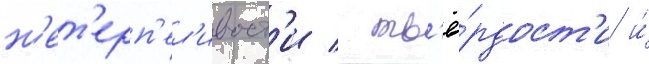
н'ет'ерп'ел'ивост'и / тв'ё́рдост'и и́